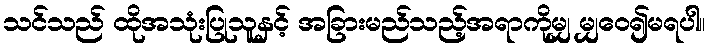
သင်သည် ထိုအသုံးပြုသူနှင့် အခြားမည်သည့်အရာကိုမျှ မျှဝေ၍မရပါ။